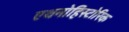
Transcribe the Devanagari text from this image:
एथनोहिस्टोरिक